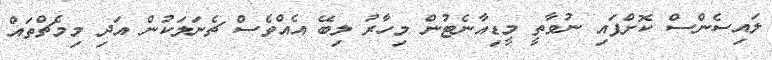
ލައިސެންސް ކޮށްފައި ނުވާތީ މީޑިއާނެޓުން މިހާރު ލިބޭ އެއްވެސް ޗެނަލަކުން އަދި މިމެޗްތައް